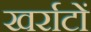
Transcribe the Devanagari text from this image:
खर्राटों